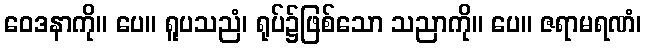
ဝေဒနာကို။ ပေ။ ရူပသညံ၊ ရုပ်၌ဖြစ်သော သညာကို။ ပေ။ ဇရာမရဏံ၊